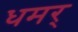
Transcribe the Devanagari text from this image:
धमर्